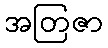
အတြဇာ